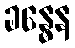
ခန္ဓေန